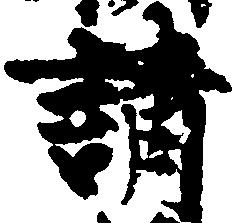
請